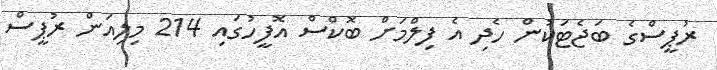
ރުޕީސްގެ ބަޖެޓަކުން ހެދި އެ ފިލްމަށް ބޮކްސް އޮފީހުގައި 214 މިލިއަން ރުޕީސް